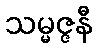
သမ္မဇ္ဇနီ